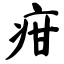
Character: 疳